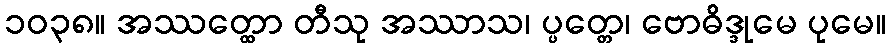
၁၀၃၈။ အဿတ္ထော တီသု အဿာသ၊ ပ္ပတ္တေ၊ ဗောဓိဒ္ဒုမေ ပုမေ။